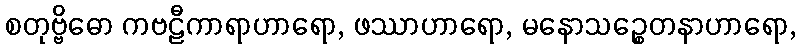
စတုဗ္ဗိဓော ကဗဠီကာရာဟာရော, ဖဿာဟာရော, မနောသဉ္စေတနာဟာရော,